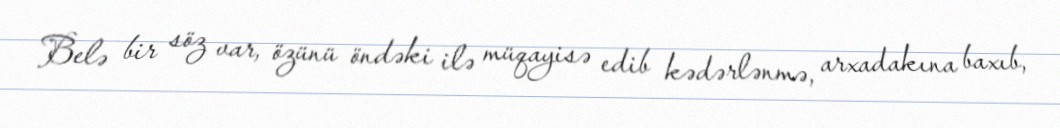
Belə bir söz var, özünü öndəki ilə müqayisə edib kədərlənmə, arxadakına baxıb,